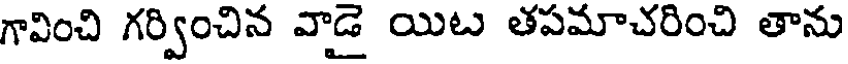
గావించి గర్వించిన వాడై యిట తపమాచరించి తాను